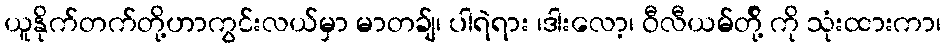
ယူနိုက်တက်တို့ဟာကွင်းလယ်မှာ မာတခ်ျ၊ ပါရဲရား ၊ဒါးလော့၊ ဝီလီယမ်တို့် ကို သုံးထားကာ၊